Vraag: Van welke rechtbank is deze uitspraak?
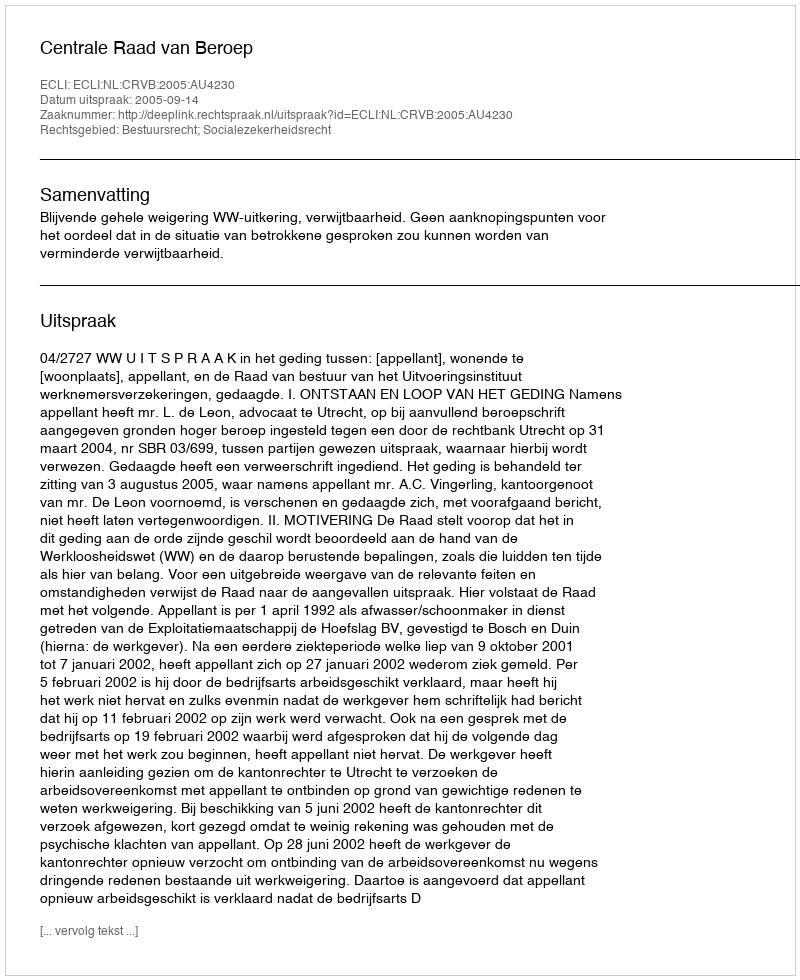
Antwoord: Centrale Raad van Beroep